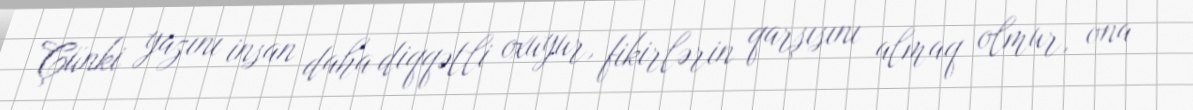
Çünki yazını insan daha diqqətli oxuyur, fikirlərin qarşısını almaq olmur, ona